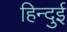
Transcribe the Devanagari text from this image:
हिन्दुई